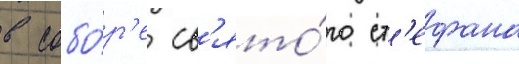
в собо́р'е св'ято́го ст'ефана